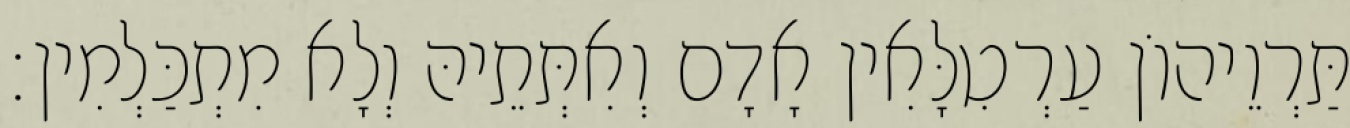
תַּרְוֵיהוֹן עַרְטִלָּאִין אָדָם וְאִתְּתֵיהּ וְלָא מִתְכַּלְמִין׃